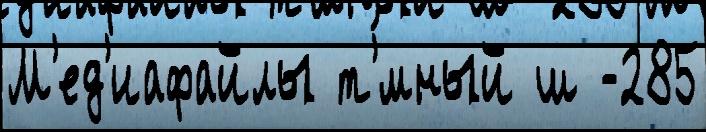
М'ед'иафайлы т'́мный ш -285